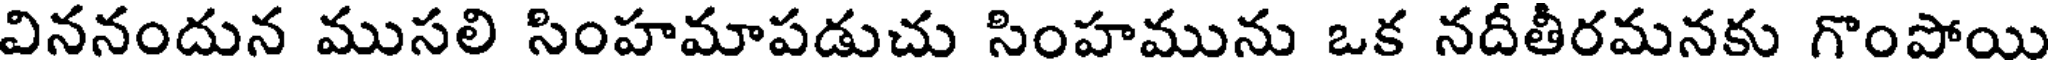
విననందున ముసలి సింహమాపడుచు సింహమును ఒక నదీతీరమనకు గొంపోయి